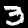
Label: 3